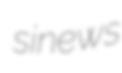
sinews